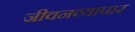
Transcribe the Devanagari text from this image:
जीवनव्यापार